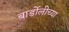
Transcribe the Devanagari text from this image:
बार्डोलीच्या